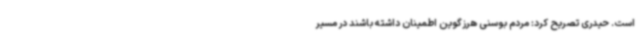
است. حیدری تصریح کرد: مردم بوسنی هرزگوین اطمینان داشته باشند در مسیر